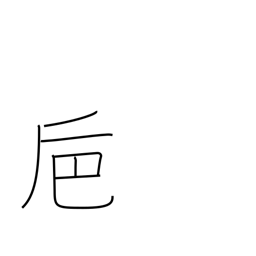
Meaning: large winecup